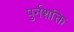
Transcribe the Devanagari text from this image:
पुर्नशक्ति